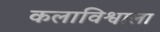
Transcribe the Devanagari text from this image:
कलाविश्वाला